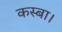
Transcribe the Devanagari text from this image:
कस्बा।